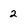
Character: 2